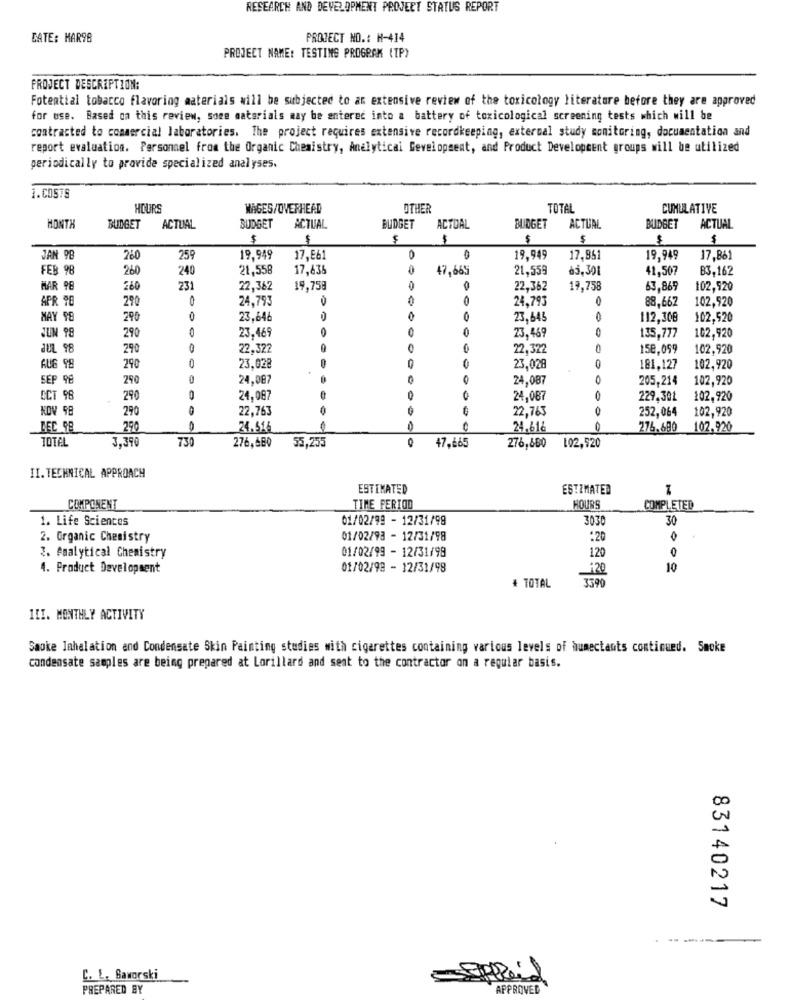
RESEARCH AND DEVELOPMENT PROJECT STATUS REPORT
DATE: MAR98
PROJECT NO .: H-414
PROJECT NAME: TESTING PROGRAM (TP)
PROJECT DESCRIPTION:
Fotential tobacco flavoring materials will be subjected to an extensive review of the toxicology literature before they are approved
for use. Based ca this review, some materials may be entered into a battery of toxicological screening tests which will be
contracted to commercial laboratories. The project requires extensive recordkeeping, external study monitoring, documentation and
report evaluation. Personnel from the Organic Chemistry, Analytical Development, and Product Development groups will be utilized
periodically to provide specialized analyses.
1.COSTS
HOURS
MAGES/OVERHEAD
OTHER
TOTAL
CUMULATIVE
MONTH
BUDGET
ACTUAL
BUDGET ACTUAL
BUDGET
ACTUAL
BUDGET
ACTUAL
BUDGET
ACTUAL
$
$
$
$
JAN 98
260
259
19,949
17,E6
0
19.949
17,851
19.949
17.861
FEB 98
240
21,558
17,638
0
47,665
21,559
63,301
41,507
B3,162
260
MAR 98
260
231
22,362
19,759
0
22,362
19,758
63,869
102,920
APR TE
290
0
24,793
24,793
0
88,667
102,920
MAY 98
290
0
23.646
23,645
112,308
102,520
0
0
JUN 98
290
23,469
0
23,469
135,777
102,920
JUL 98
290
22.322
0
22,322
158,099
102,920
AUS 98
290
0
23,028
.
23,028
181,127
102,920
SEP 98
290
24,087
24,087
205,214
102,920
CCT 98
290
24,087
24,087
0
229,301
102,920
KOV 98
290
22,763
22,763
0
252,064
102,920
DEC 98
290
0
24.516
24.616
276.699
102,920
TOTAL
3.390
73
47.665
276,680
55,255
276,680 102,920
II. TECHNICAL APPROACH
ESTIMATED
ESTIMATED
COMPONENT
TIME PERIOD
HOURS
COMPLETED
1. Life Sciences
01/02/99 - 12/31/99
3030
30
2. Organic Chemistry
01/02/93 - 12/31/98
:20
0
01/02/99 - 12/31/98
0
3. Analytical Chemistry
120
4. Product Development
01/02/98 - 12/31/98
10
:20
3599
+ TOTAL
III. MONTHLY ACTIVITY
Smoke Inhalation and Condensate Skin Painting studies with cigarettes containing various levels of humectants continued. Smoke
condensate samples are being prepared at Lorillard and sent to the contractor on a regular basis.
83140217
C. L. Baworski
PREPARED BY
APPROVED